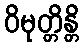
ဝိမုတ္တိန္တိ